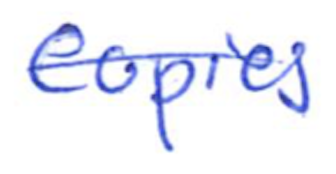
Text: copies
Cross-out: single-line
Writing tool: ballpoint